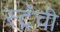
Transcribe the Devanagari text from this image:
स्ट्रॅची